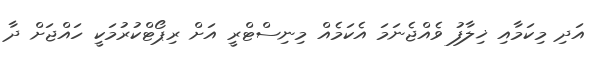
އަދި މިކަމާއި ޚިލާފު ވެއްޖެނަމަ އެކަމެއް މިނިސްޓްރީ އަށް ރިޕޯޓްކުރުމަކީ ހައްޖަށް ދާ